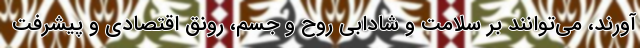
‌آورند، می‌توانند بر سلامت و شادابی روح و جسم، رونق اقتصادی و پیشرفت